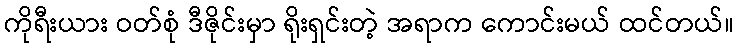
ကိုရီးယား ဝတ်စုံ ဒီဇိုင်းမှာ ရိုးရှင်းတဲ့ အရာက ကောင်းမယ် ထင်တယ်။